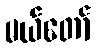
မယ်တော်